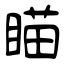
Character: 瞄